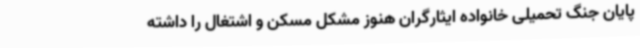
پایان جنگ تحمیلی خانواده ایثارگران هنوز مشکل مسکن و اشتغال را داشته